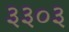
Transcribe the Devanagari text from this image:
३३०३